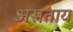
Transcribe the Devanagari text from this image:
असताय